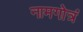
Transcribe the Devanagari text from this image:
नामगोत्रं